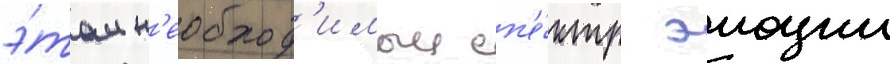
э́том н'еобход'имыи сп'е́ктр эмоции